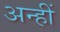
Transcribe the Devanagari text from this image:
अन्हीं